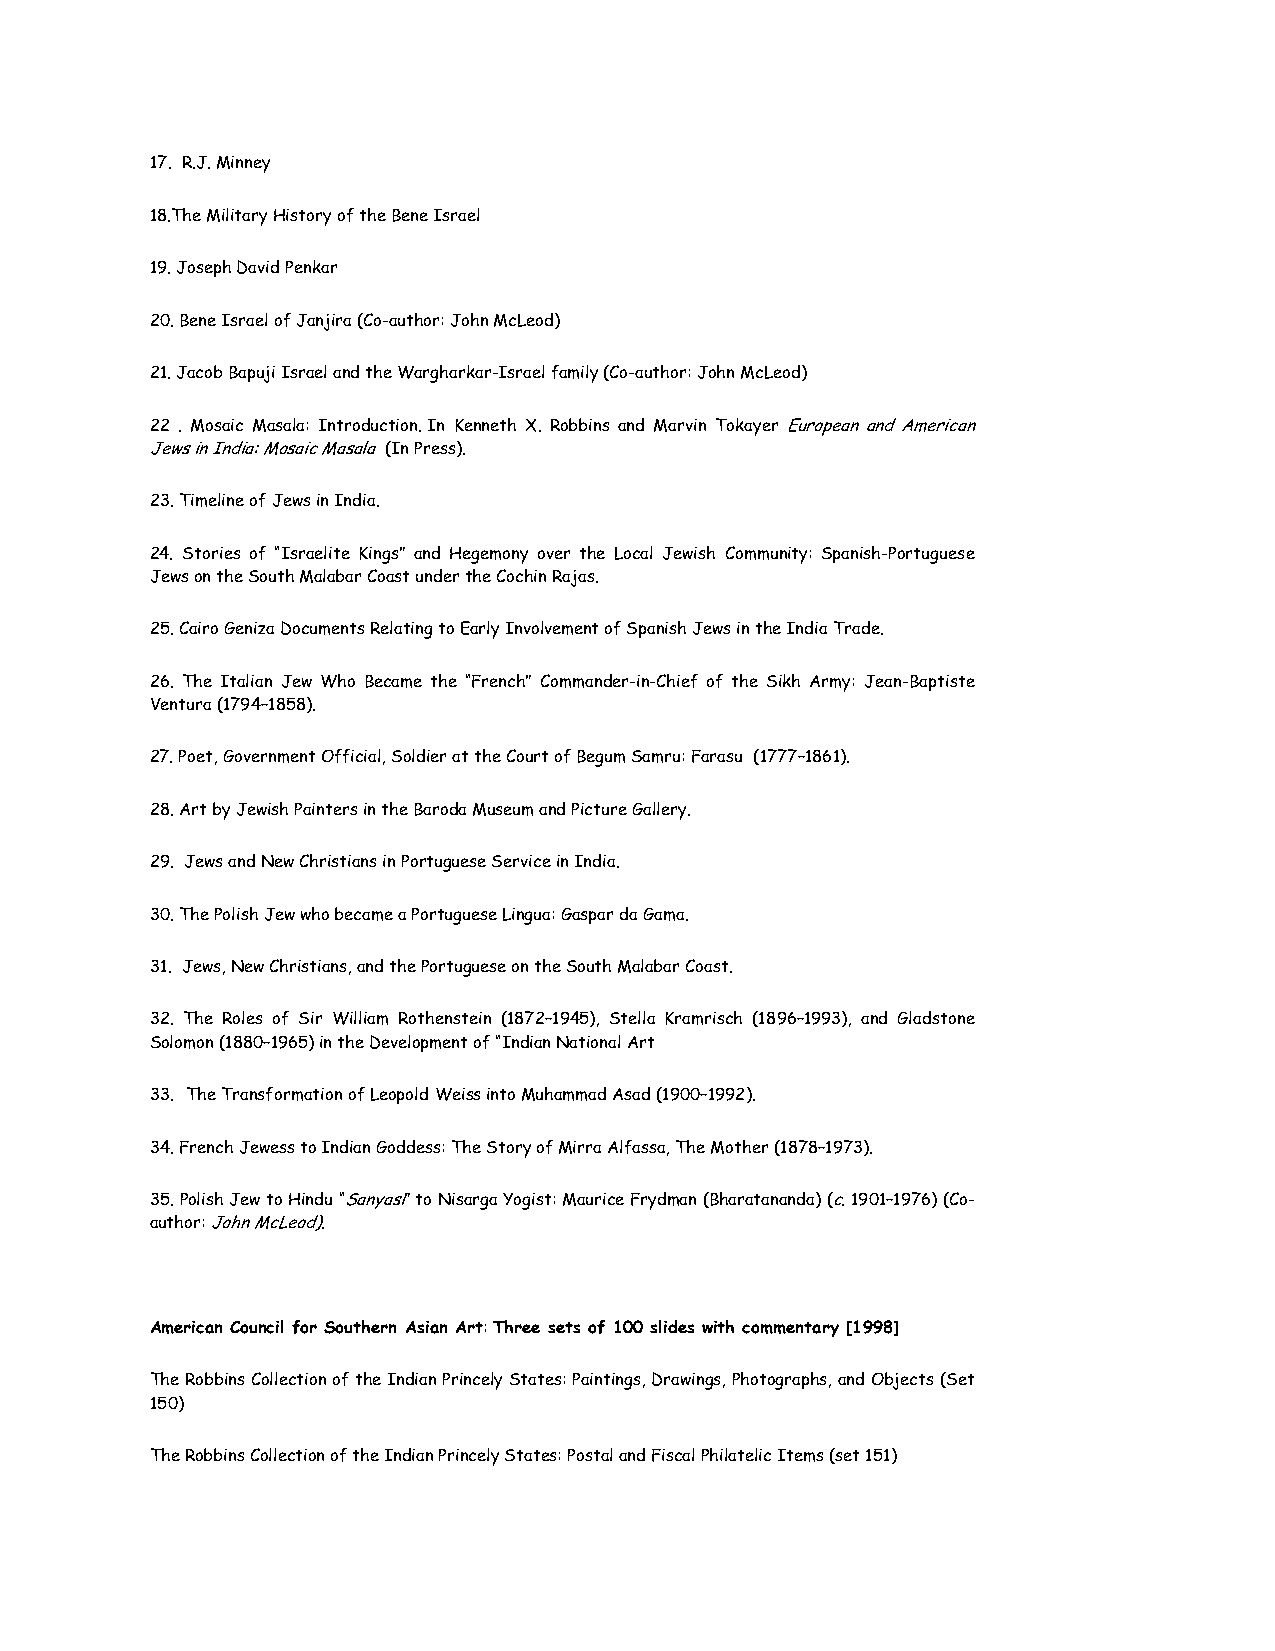
17. R.J. Minney
 18.The Military History of the Bene Israel
 19. Joseph David Penkar
 20. Bene Israel of Janjira (Co-author: John McLeod)
 21. Jacob Bapuji Israel and the Wargharkar-Israel family (Co-author: John McLeod)
 22 . Mosaic Masala: Introduction. In Kenneth X. Robbins and Marvin Tokayer European and American
 Jews in India: Mosaic Masala (In Press).
 23. Timeline of Jews in India.
 24. Stories of “Israelite Kings” and Hegemony over the Local Jewish Community: Spanish-Portuguese
 Jews on the South Malabar Coast under the Cochin Rajas.
 25. Cairo Geniza Documents Relating to Early Involvement of Spanish Jews in the India Trade.
 26. The Italian Jew Who Became the “French” Commander-in-Chief of the Sikh Army: Jean-Baptiste
 Ventura (1794–1858).
 27. Poet, Government Official, Soldier at the Court of Begum Samru: Farasu (1777–1861).
 28. Art by Jewish Painters in the Baroda Museum and Picture Gallery.
 29. Jews and New Christians in Portuguese Service in India.
 30. The Polish Jew who became a Portuguese Lingua: Gaspar da Gama.
 31. Jews, New Christians, and the Portuguese on the South Malabar Coast.
 32. The Roles of Sir William Rothenstein (1872–1945), Stella Kramrisch (1896–1993), and Gladstone
 Solomon (1880–1965) in the Development of “Indian National Art
 33. The Transformation of Leopold Weiss into Muhammad Asad (1900–1992).
 34. French Jewess to Indian Goddess: The Story of Mirra Alfassa, The Mother (1878–1973).
 35. Polish Jew to Hindu “Sanyasi” to Nisarga Yogist: Maurice Frydman (Bharatananda) (c. 1901–1976) (Co-
 author: John McLeod).
 American Council for Southern Asian Art: Three sets of 100 slides with commentary [1998]
 The Robbins Collection of the Indian Princely States: Paintings, Drawings, Photographs, and Objects (Set
 150)
 The Robbins Collection of the Indian Princely States: Postal and Fiscal Philatelic Items (set 151)